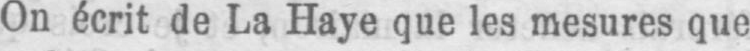
On écrit de La Haye que les mesures que